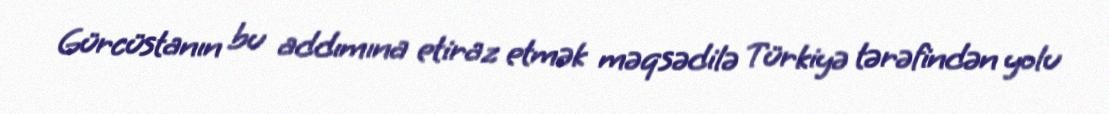
Gürcüstanın bu addımına etiraz etmək məqsədilə Türkiyə tərəfindən yolu